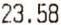
23.58